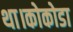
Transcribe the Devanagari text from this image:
था।कोकोडा